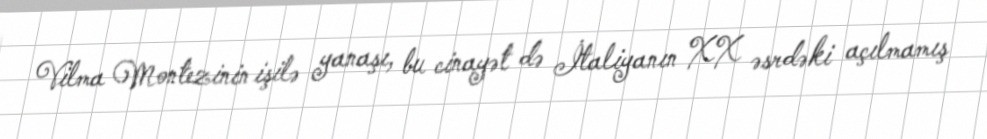
Vilma Montezinin işilə yanaşı, bu cinayət də İtaliyanın XX əsrdəki açılmamış